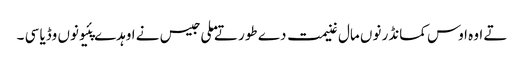
تے اوہ اوس کمانڈر نوں مال غنیمت دے طور تے ملی جیس نے اوہدے پئیو نوں وڈیا سی ۔